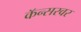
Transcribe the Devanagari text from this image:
कॅन्सरवर